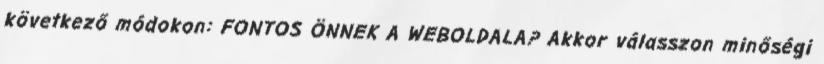
következő módokon: FONTOS ÖNNEK A WEBOLDALA? Akkor válasszon minőségi